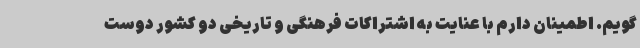
‌گویم. اطمینان دارم با عنایت به اشتراکات فرهنگی و تاریخی دو کشور دوست